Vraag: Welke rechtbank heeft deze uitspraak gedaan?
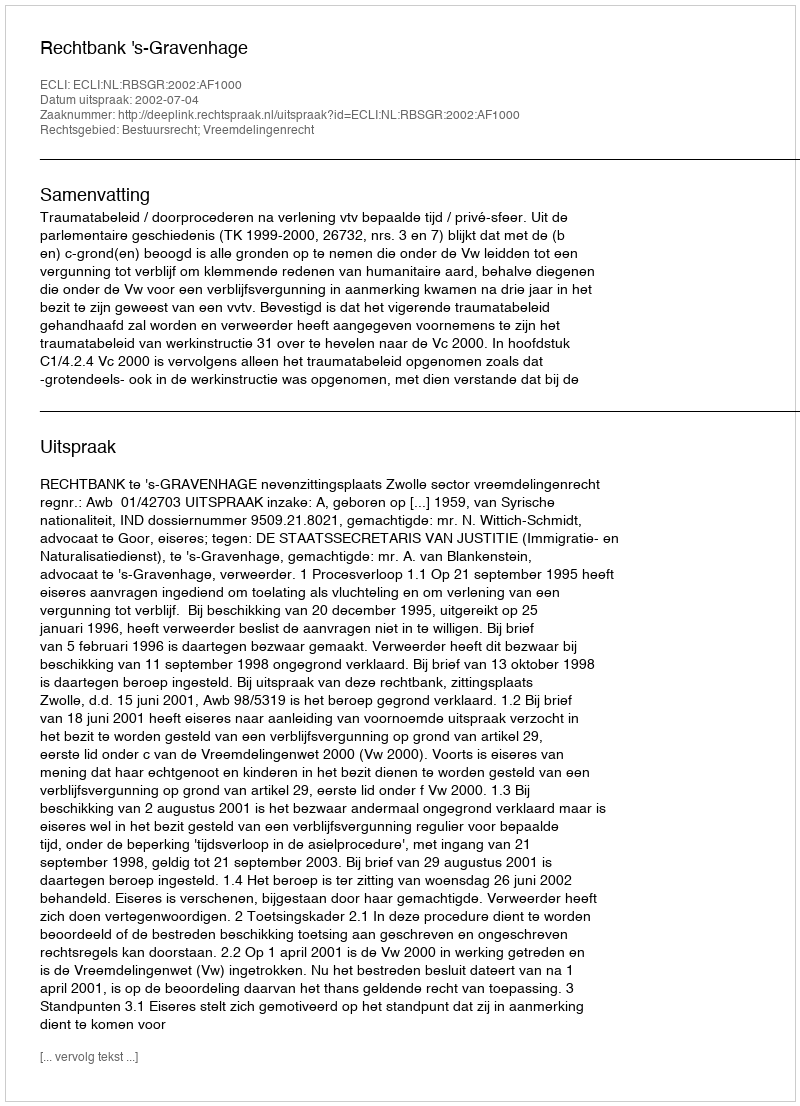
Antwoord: Rechtbank 's-Gravenhage